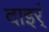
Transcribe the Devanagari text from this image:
दाइर्ं